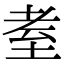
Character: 耊